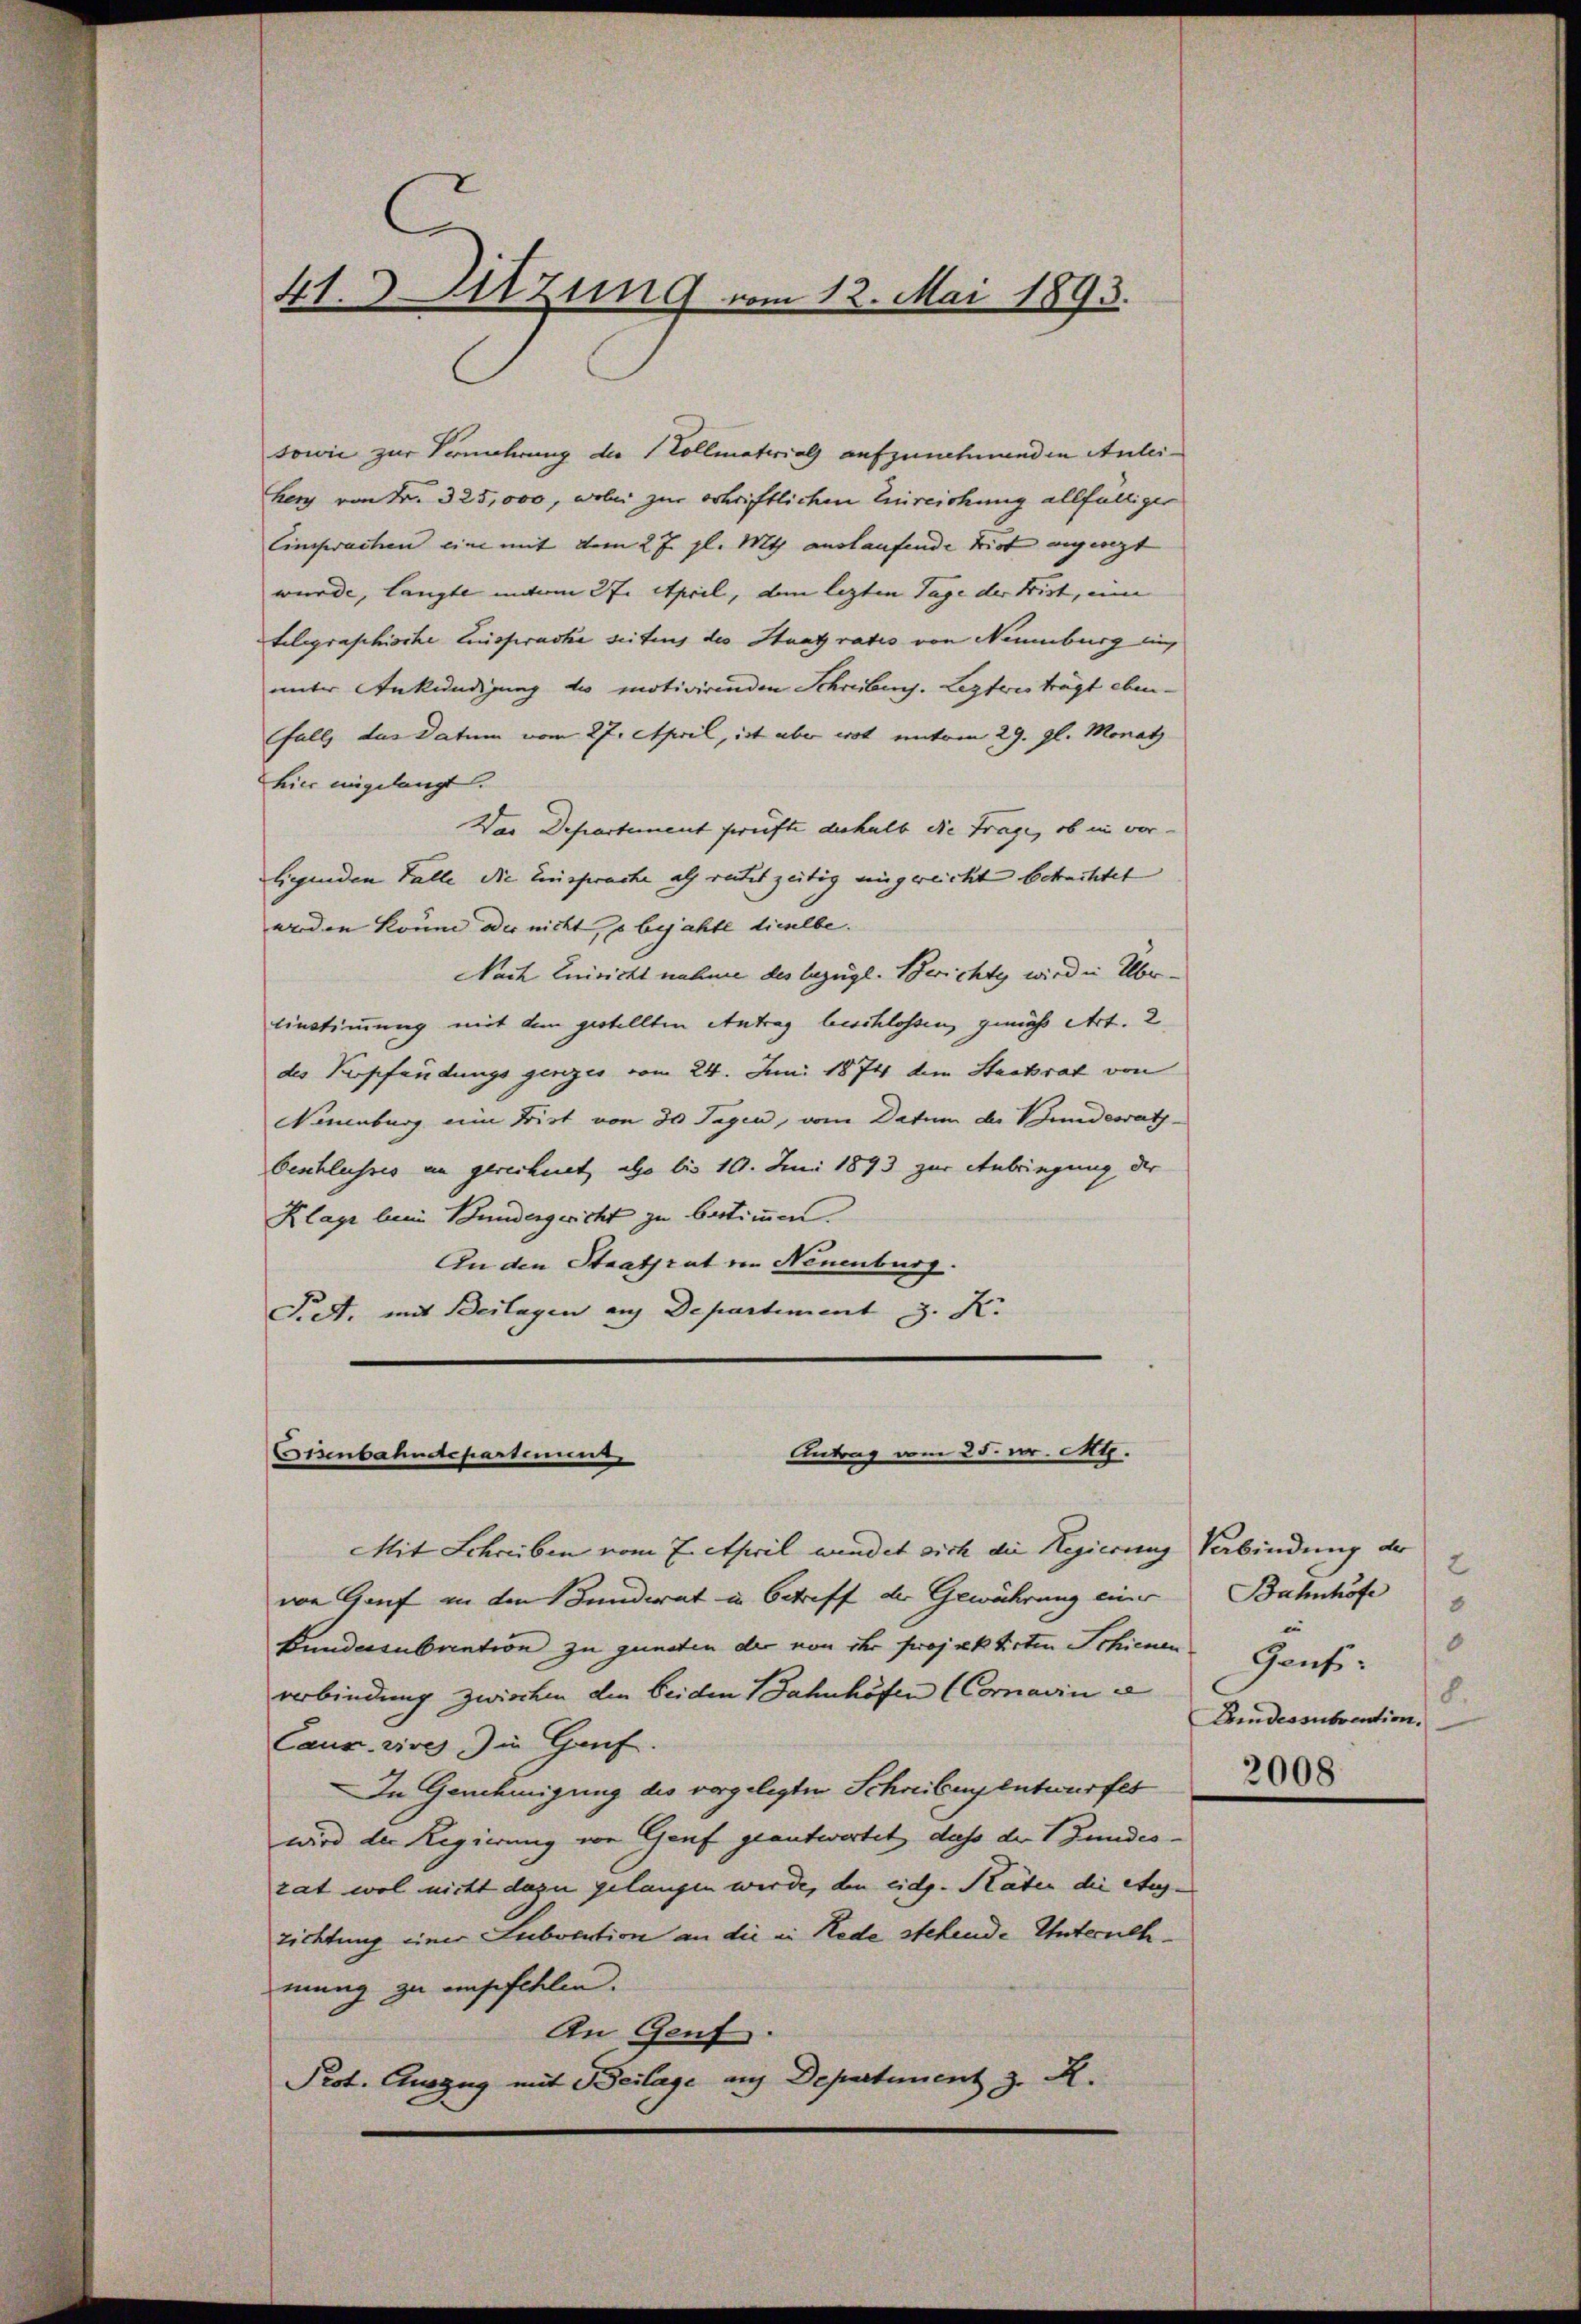
sowie zur Vermehrung der Vollmaterials aufzunehmenden Anleiherz von Fr. 325,000, wobei zur Schriftlichen Einreichung allfälliger
Einsprachen eine mit dem 27. gl. Mts. auslaufende Frist angeregt
wurde, langte unterm 27. April, dem lezten Tage der Bist, eine
telegraphische Einsprache seitens des Staat ratis von Neuenburg ein,
unter Ankundigung des motivirenden Schreibens. Lezteres trägt ebenfalls das Datum vom 27. April, ist aber erst unterm 29. gl. Monat
hier eingelangt.
Das Departement prüfte deshalb die Frage, ob in ver-
liegenden Falle die Einsprache als reitet zeitig eingereicht betrachtet
erden könne der nicht, s bejahte dieselbe.
Nach Einsicht nahme des bezügl. Berichte wird in Über¬
Einstimmung mit dem gestellten Antrag beschlossen, gemäß Art. 2
des Verpfändungs genzes vom 24. Juni 1874 dem Stadtrat von
Neuenburg eine Frist von 30 Tagen, vom Datum der Bundesrath
beschlusses an gerechnet, also bis 10. Juni 1893 zur Anbringung der
Klage beim Bundergericht zu bestimmen.
An den Staatsrat in Neuenburg.
Fett, mit Beilagen auf Departiment J. K.
Antrag vom 25. v. Mts.
Eisenbahndepartement
Mit Schreiben vom 7. April wendet sich die Regierung Verbindung der
von Genf in den Bunderat in Betriff der Gewährung einer Bahnhöfe
Bundessubvention zu gunsten der von ihr projektirten Schienen Genf
verbindung zwischen die beiden Jahnhöfen (Comain
Caux. wires zu Genf.
In Genehmigung des vorgelegten Schreiben entwurfes
wird der Regierung von Genf geantwortet, dass der Bundes-
rat wol nicht dazu gelangen werde, den eidg. Räten die Ausrichtung einer Subvention an die in Rede stehende Unternehmung zu eingefehlen.
An Genf.
Prot. Auszug mit Beilage auf Departement z. R.

41. Sitzung vom 12. Mai 1893.

2
8
0
8.
Lndessubvention.
2008